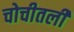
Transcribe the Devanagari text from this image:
चोचीतली